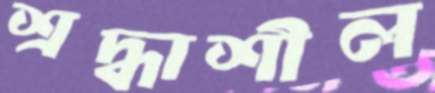
শ্রদ্ধাশীল